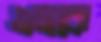
এমকে